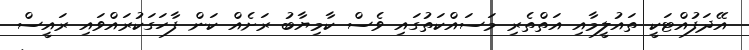
އޭދަފުއްޓަކީ ތައުލީމާއި އަތްތެރި މަސައްކަތުގައި ވެސް ކާމިޔާބު ރަށެއް ކަން ފާހަގަކުރައްވައި ރައީސް